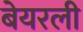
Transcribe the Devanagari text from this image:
बेयरली